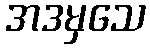
အဒမှသေ